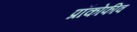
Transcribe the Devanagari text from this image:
प्रॉकोफीव